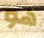
هو